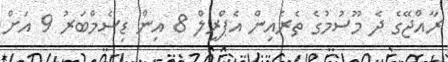
ރާއްޖޭގެ ދެ މޫސުމުގެ ތެރެއިން އެޕްރީލް 8 އިން ޑިސެމްބަރު 9 އަށް